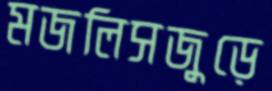
মজলিসজুড়ে